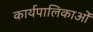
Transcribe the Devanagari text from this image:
कार्यपालिकाओं